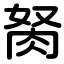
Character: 胬